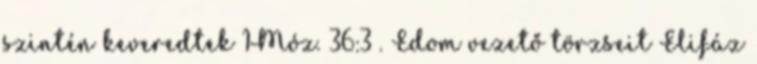
szintén keveredtek 1Móz. 36:3 . Edom vezető törzseit Elifáz